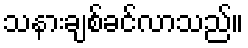
သနားချစ်ခင်လာသည်။